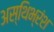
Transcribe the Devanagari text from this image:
अस्थिभ्रंश